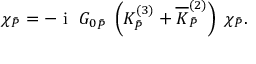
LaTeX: \chi _ { \bar { P } } = - \textrm { i } \; { G _ { 0 } } _ { \bar { P } } \; \left( K _ { \bar { P } } ^ { ( 3 ) } + \overline { { K } } _ { \bar { P } } ^ { ( 2 ) } \right) \; \chi _ { \bar { P } } .